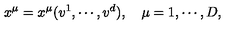
x ^ { \mu } = x ^ { \mu } ( v ^ { 1 } , \cdots , v ^ { d } ) , \quad \mu = 1 , \cdots , D ,